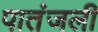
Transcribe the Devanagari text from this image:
पातंजली